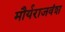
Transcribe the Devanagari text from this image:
मौर्यराजवंश